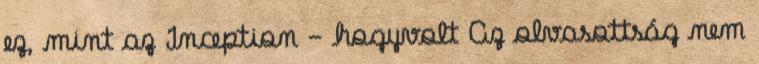
ez, mint az Inception - hogyvolt Az olvasottság nem